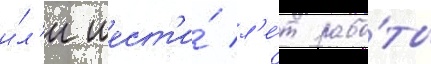
и́л'и шест'и́ л'е́т рабо́ты